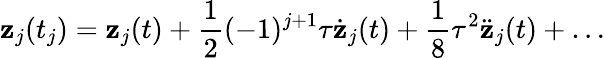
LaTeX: {\mathbf z}_{j}(t_{j})={\mathbf z}_{j}(t)+{\frac{1}{2}}(-1)^{j+1}\tau\dot{\mathbf z}_{j}(t)+{\frac{1}{8}}\tau^{2}\ddot{\mathbf z}_{j}(t)+\dots